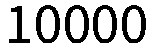
10000